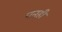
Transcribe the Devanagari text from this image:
पनही